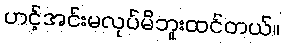
ဟင့်အင်းမလုပ်မိဘူးထင်တယ်။